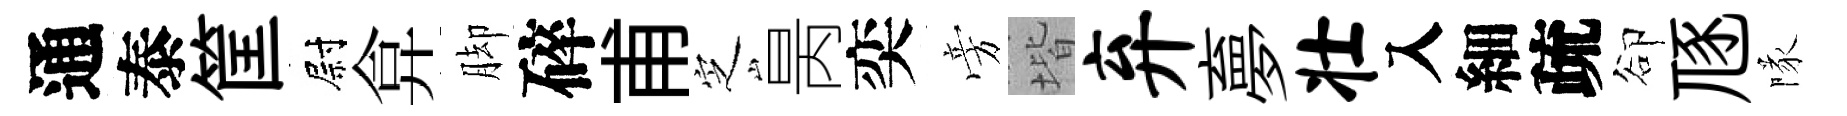
通泰筐尉弇脚碎甫㝎昺奕旁堦弃夣壮入細疏卻豗隊